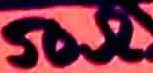
Text: 50Ω